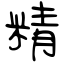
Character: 精